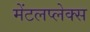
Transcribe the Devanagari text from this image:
मेंटलप्लेक्स